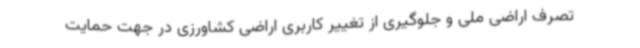
تصرف اراضی ملی و جلوگیری از تغییر کاربری اراضی کشاورزی در جهت حمایت